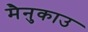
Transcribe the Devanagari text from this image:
मैनुकाउ